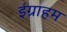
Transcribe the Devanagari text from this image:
इंग्राहम